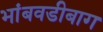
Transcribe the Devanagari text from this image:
भांबवडीबाग